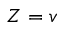
Z = v